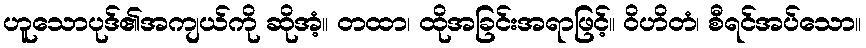
ဟူသောပုဒ်၏အကျယ်ကို ဆိုအံ့။ တထာ၊ ထိုအခြင်းအရာဖြင့်။ ဝိဟိတံ၊ စီရင်အပ်သော။